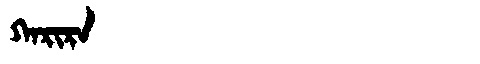
Manchu: ᡴᠠᡵᡳᡵᠠ
Romanization: KARIRA